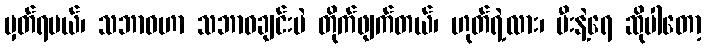
မှတ်ရမယ်၊ သဘာဝဟာ သဘာဝချင်းပဲ တိုက်ဖျက်တယ်၊ ဟုတ်ရဲ့လား၊ မီးနဲ့ရေ ဆိုပါတော့